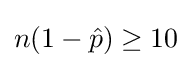
n(1-{\hat {p}})\geq 10